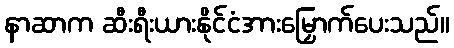
နာဆာက ဆီးရီးယားနိုင်ငံအားမြှောက်ပေးသည်။